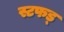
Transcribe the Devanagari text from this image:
स्टफड्